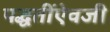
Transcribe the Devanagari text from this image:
पद्धतींऐवजी